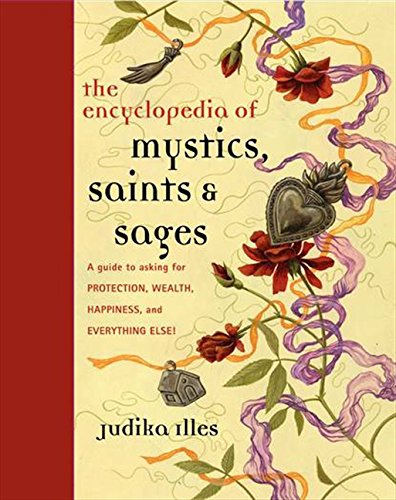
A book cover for Encyclopedia of Mystics, Saints & Sages: A Guide to Asking for Protection, Wealth, Happiness, and Everything Else!; Judika Illes; Religion & Spirituality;